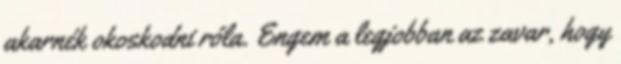
akarnék okoskodni róla. Engem a legjobban az zavar, hogy